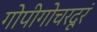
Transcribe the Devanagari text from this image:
गोपीगोचरदूरं